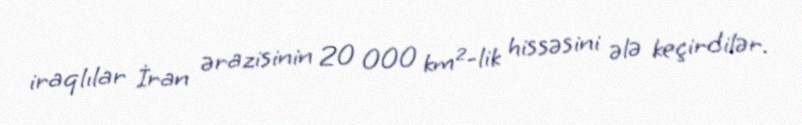
iraqlılar İran ərazisinin 20 000 km²-lik hissəsini ələ keçirdilər.